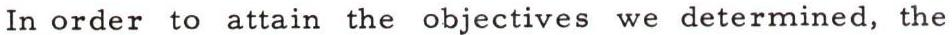
In order to attain the objectives we determined, the